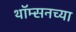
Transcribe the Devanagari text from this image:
थॉम्सनच्या